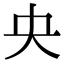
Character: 央